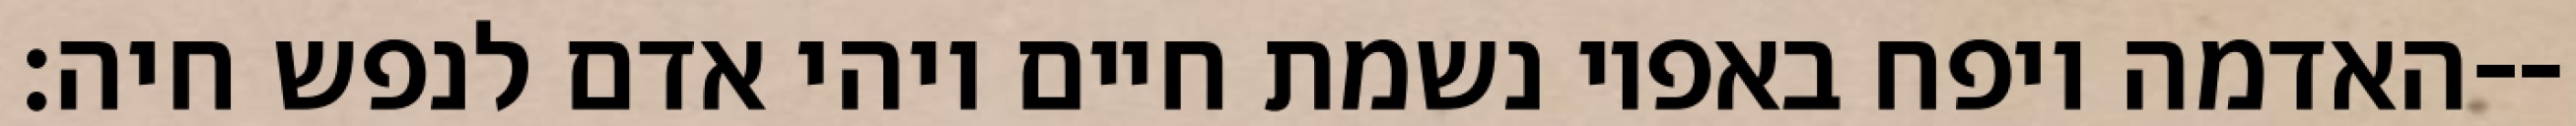
האדמה ויפח באפיו נשמת חיים ויהי אדם לנפש חיה׃--